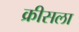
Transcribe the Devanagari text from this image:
क्रीसला